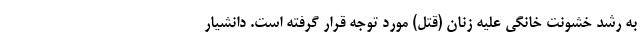
به رشد خشونت خانگی علیه زنان (قتل) مورد توجه قرار گرفته است. دانشیار